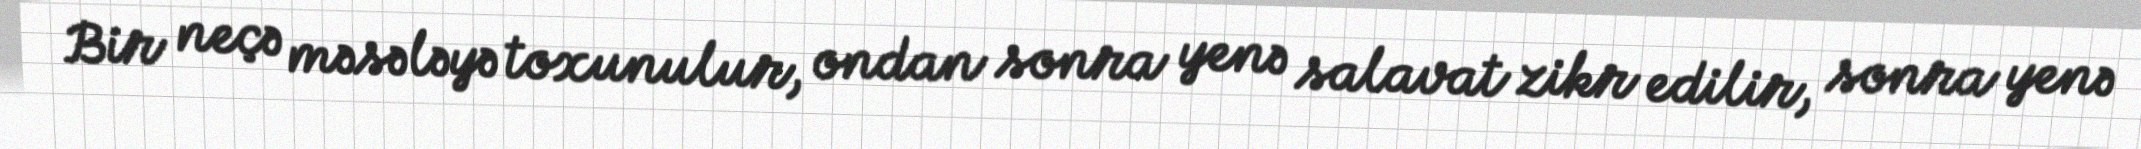
Bir neçə məsələyə toxunulur, ondan sonra yenə salavat zikr edilir, sonra yenə